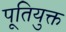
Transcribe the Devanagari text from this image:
पूतियुक्त